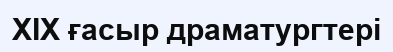
XIX ғасыр драматургтері